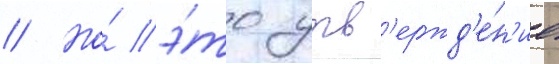
// Но́ э́то утв'ержд'е́н'ие